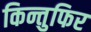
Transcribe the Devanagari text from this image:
किन्तुफिर